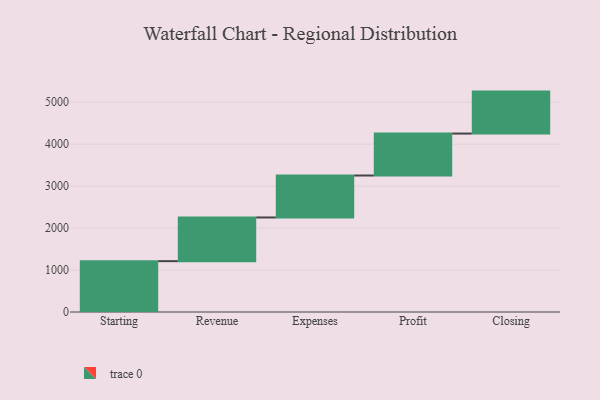
{"axis": {"x": "Step", "y": "Value"}, "legend": [""], "data": [{"x": "Starting", "y": 1212.0, "type": ""}, {"x": "Revenue", "y": 1041.0, "type": ""}, {"x": "Expenses", "y": 1000, "type": ""}, {"x": "Profit", "y": 1000, "type": ""}, {"x": "Closing", "y": 1000, "type": ""}]}